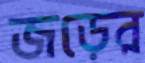
জড়ের